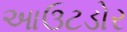
આઉટડોર